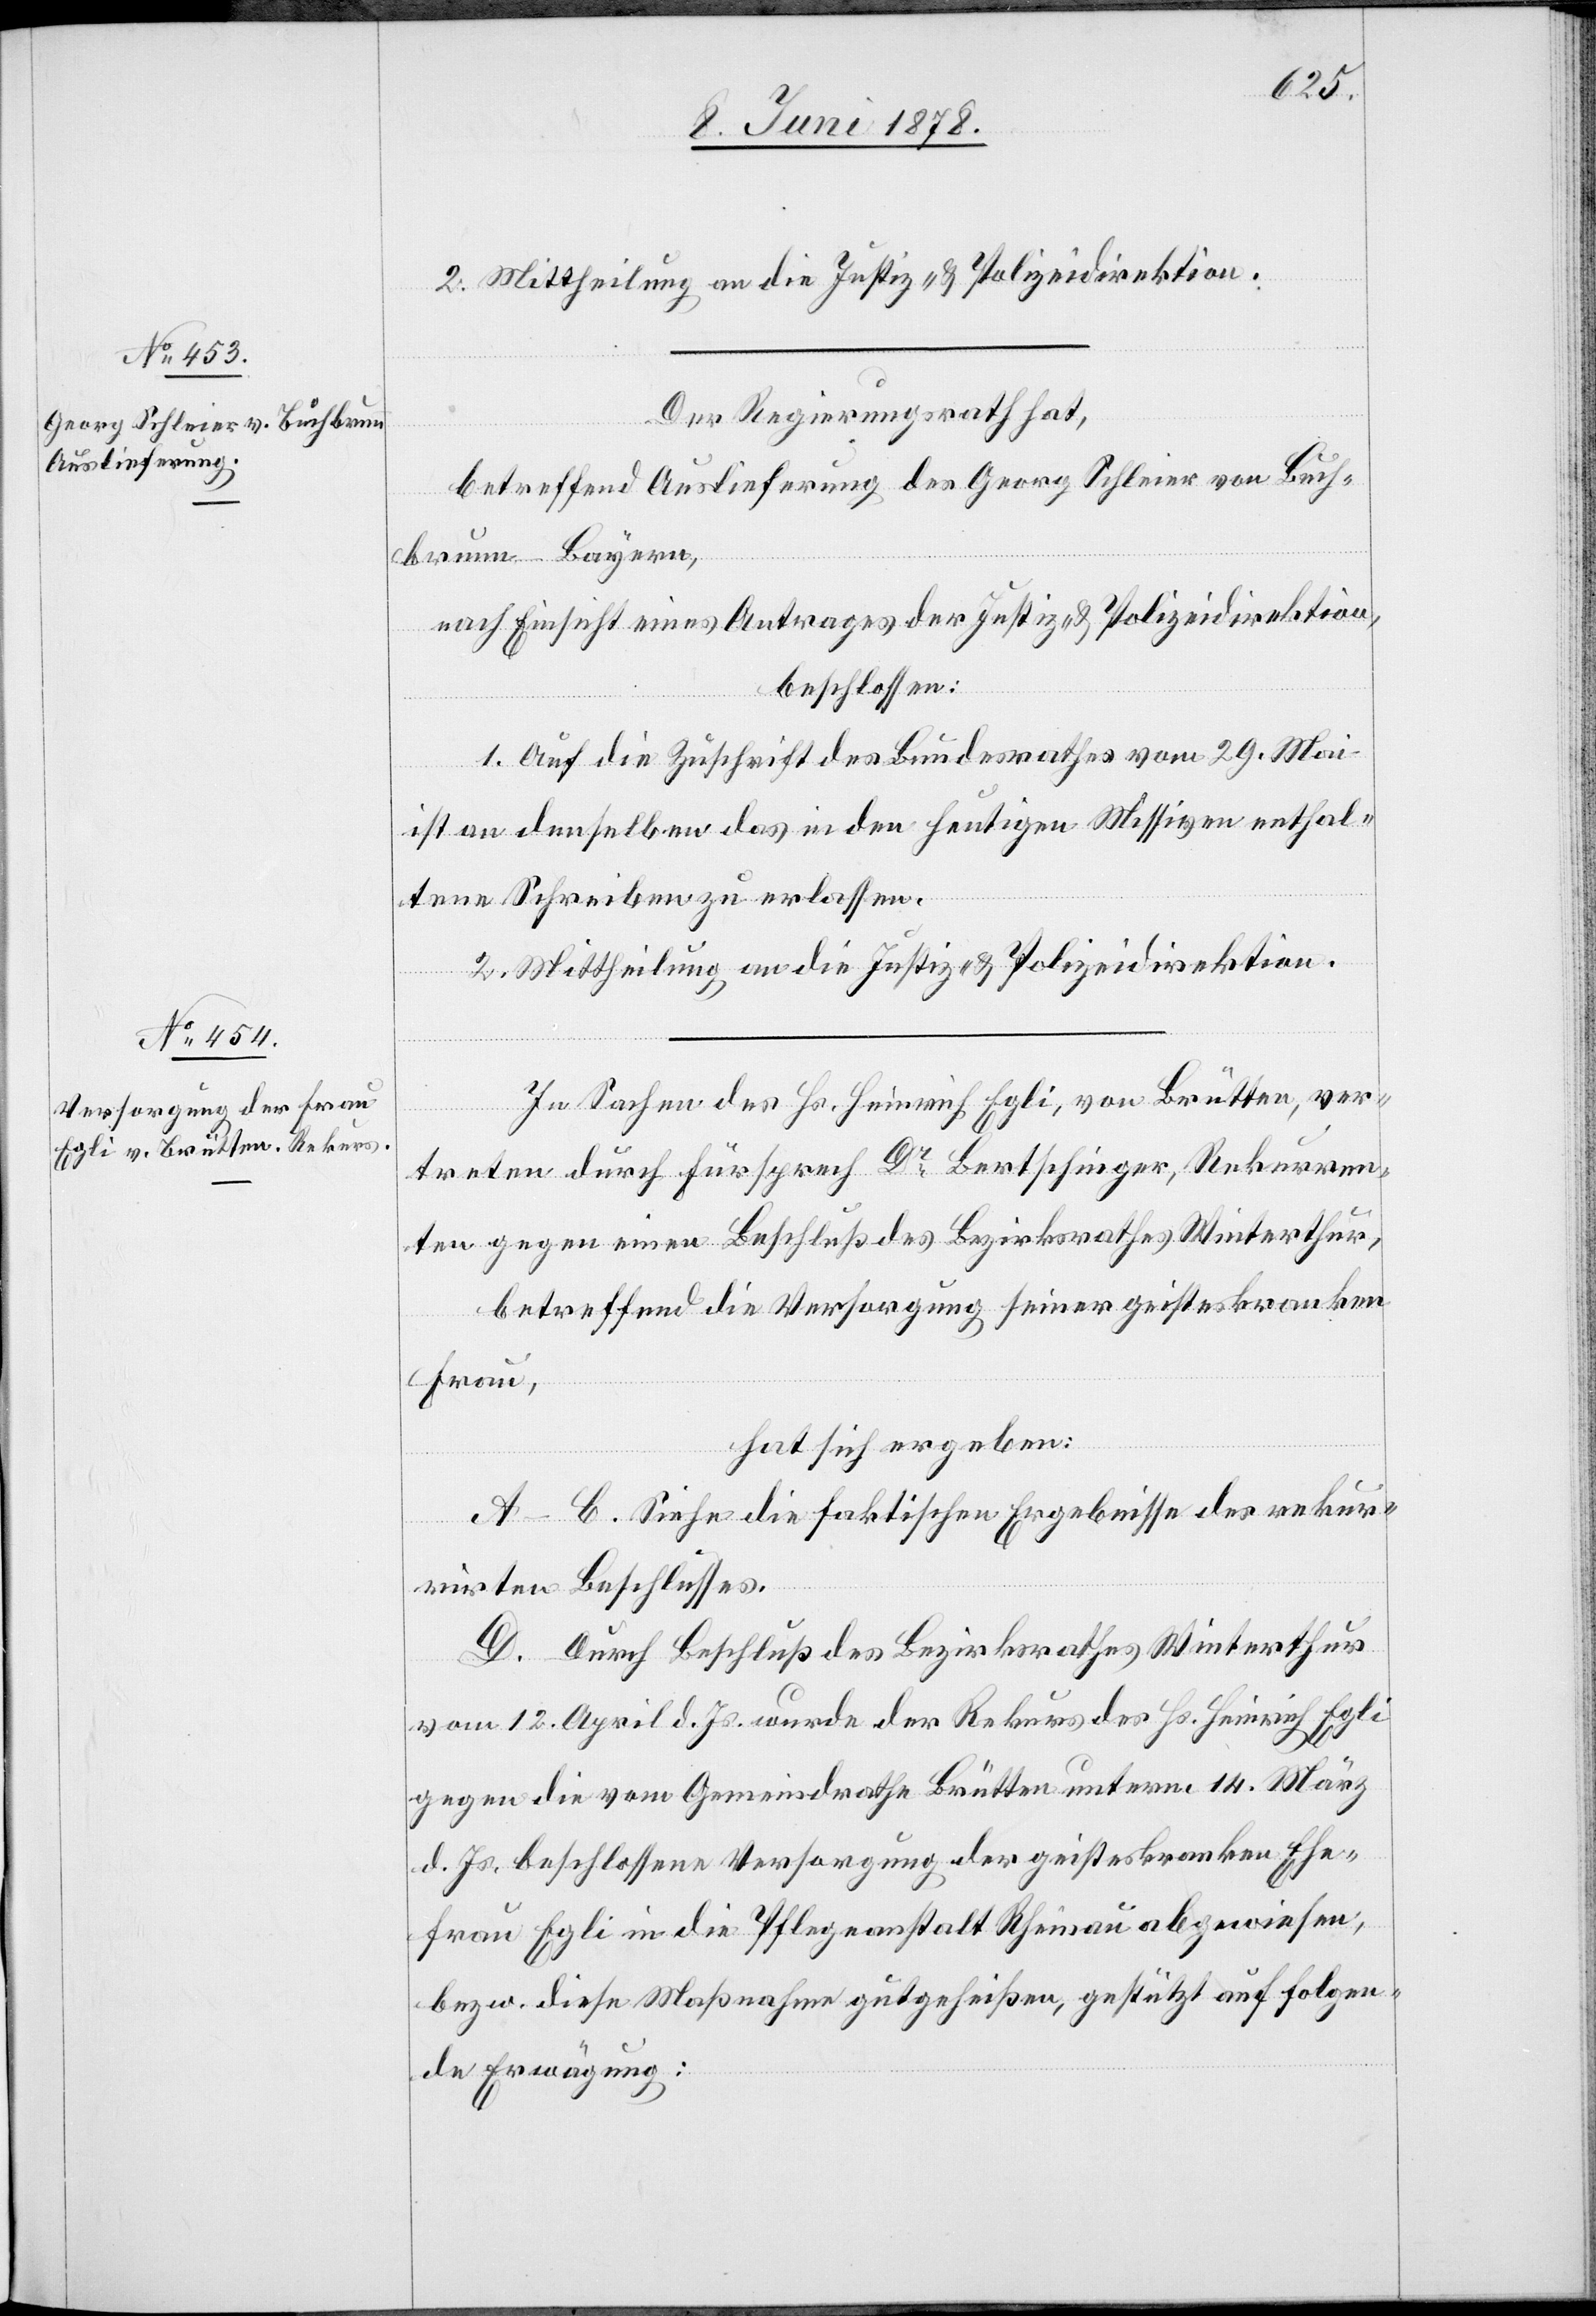
2. Mittheilung an die Justiz- & Polizeidirektion.
Der Regierungsrath hat,
betreffend Auslieferung des Georg Schleier von Buch¬
brunn - Bayern,
nach Einsicht eines Antrages der Justiz- & Polizeidirektion,
beschlossen:
1. Auf die Zuschrift des Bundesrathes vom 29. Mai
ist an denselben das in den heutigen Missiven enthal¬
tene Schreiben zu erlassen.
2. Mittheilung an die Justiz- & Polizeidirektion.
In Sachen des Hs. Heinrich Egli, von Brütten, ver¬
treten durch Fürsprech Dr Bertschinger, Rekurren¬
ten gegen einen Beschluß des Bezirksrathes Winterthur,
betreffend die Versorgung seiner geisteskranken
Frau,
hat sich ergeben:
A–C. Siehe die faktischen Ergebnisse des rekur¬
rirten Beschlusses.
D. Durch Beschluß des Bezirksrathes Winterthur
vom 12. April d. Js. wurde der Rekurs des Hs. Heinrich Egli
gegen die vom Gemeindrathe Brütten unterm 14. März
d. Js. beschlossene Versorgung der geisteskranken Ehe¬
frau Egli in die Pfleganstalt Rheinau abgewiesen,
bezw. diese Maßnahme gutgeheißen, gestützt auf folgen¬
de Erwägung: